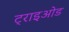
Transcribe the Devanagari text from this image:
ट्राइओड